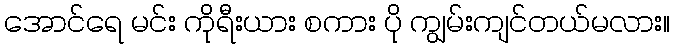
အောင်ရေ မင်း ကိုရီးယား စကား ပို ကျွမ်းကျင်တယ်မလား။